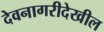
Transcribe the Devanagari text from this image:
देवनागरीदेखील